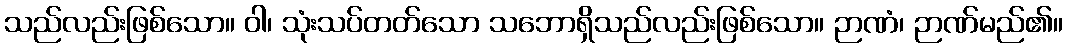
သည်လည်းဖြစ်သော။ ဝါ၊ သုံးသပ်တတ်သော သဘောရှိသည်လည်းဖြစ်သော။ ဉာဏံ၊ ဉာဏ်မည်၏။